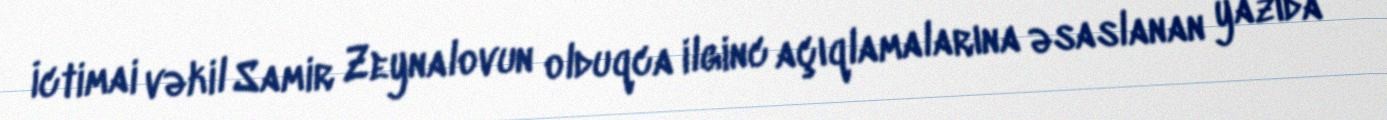
İctimai vəkil Samir Zeynalovun olduqca ilginc açıqlamalarına əsaslanan yazıda